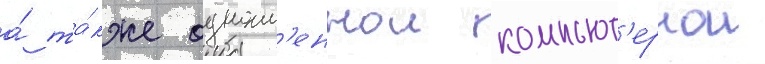
а́ та́кже одноим'еннои компьют'ернои